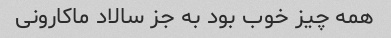
همه چیز خوب بود به جز سالاد ماکارونی